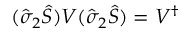
( \hat { \sigma } _ { 2 } \hat { S } ) V ( \hat { \sigma } _ { 2 } \hat { S } ) = V ^ { \dagger }